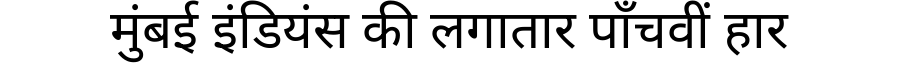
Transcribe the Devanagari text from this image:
मुंबई इंडियंस की लगातार पाँचवीं हार